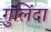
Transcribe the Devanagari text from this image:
गुलिंदा